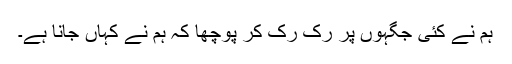
ہم نے کئی جگہوں پر رک رک کر پوچھا کہ ہم نے کہاں جانا ہے۔